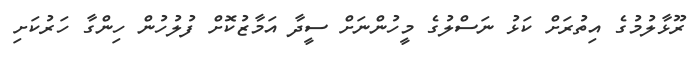
ރޫޅާލުމުގެ އިތުރަށް ކަޅު ނަސްލުގެ މީހުންނަށް ސީދާ އަމާޒުކޮށް ފުލުހުން ހިންގާ ހަރުކަށި